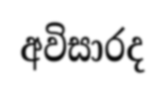
අවිසාරද